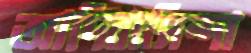
আদিবাসিন্দা